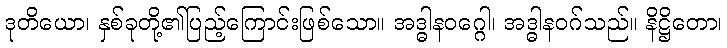
ဒုတိယော၊ နှစ်ခုတို့၏ပြည့်ကြောင်းဖြစ်သော။ အဒ္ဓါနဝဂ္ဂေါ၊ အဒ္ဓါနဝဂ်သည်။ နိဋ္ဌိတော၊